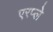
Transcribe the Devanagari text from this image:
एरप्ले